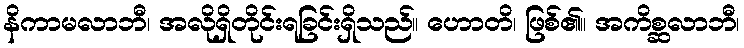
နိကာမလာဘီ၊ အလိုရှိတိုင်းရခြင်းရှိသည်။ ဟောတိ၊ ဖြစ်၏။ အကိစ္ဆလာဘီ၊